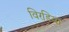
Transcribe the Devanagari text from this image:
विरडिया